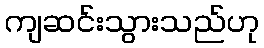
ကျဆင်းသွားသည်ဟု